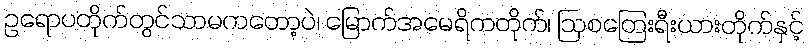
ဥရောပတိုက်တွင်သာမကတော့ပဲ၊ မြောက်အမေရိကတိုက်၊ ဩစတြေးရီးယားတိုက်နှင့်